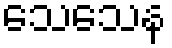
သေသေန